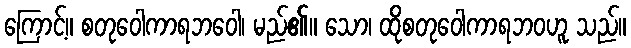
ကြောင့်။ စတုဝေါကာရဘဝေါ၊ မည်၏။ သော၊ ထိုစတုဝေါကာရဘဝဟူ သည်။